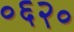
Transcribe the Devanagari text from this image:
०६२०